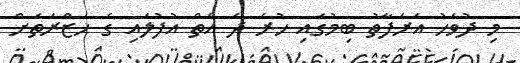
މި ދުވަހު އަރަފާތު ބިމުގައި ހުރެ ދެ އަތް އުފުލައި ގެ ހަޒްރަތަށް